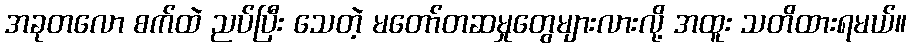
အခုတလော စက်ထဲ ညပ်ပြီး သေတဲ့ မတော်တဆမှုတွေများလားလို့ အထူး သတိထားရမယ်။